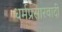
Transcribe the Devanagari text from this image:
धर्मप्रसारवादी